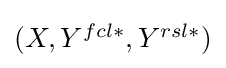
{\textstyle (X,Y^{fcl\ast },Y^{rsl\ast })}